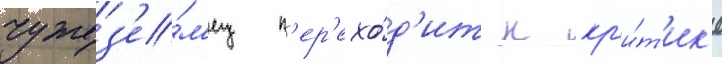
чужез'е́м'ец п'ер'ехо́д'ит к кр'и́т'ик'е